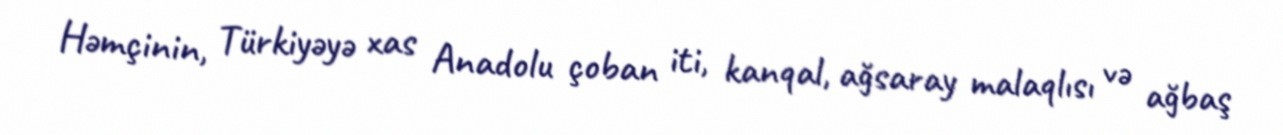
Həmçinin, Türkiyəyə xas Anadolu çoban iti, kanqal, ağsaray malaqlısı və ağbaş